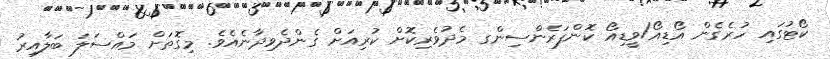
ކޯޓުގައި ހުރެގެން އޯޑިއޯ/ވީޑިއޯ ކޮންފަރެންސިންގ މެދުވެރިކޮށް ކުރިއަށް ގެންދެވިދާނެއެވެ. މިގޮތަށް މައްސަލަ ބަލާއިރު